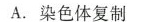
A.染色体复制